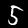
Digit: 5